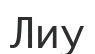
Лиу